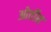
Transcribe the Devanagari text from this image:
ओर्तीस